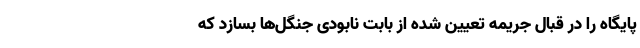
پایگاه را در قبال جریمه تعیین شده از بابت نابودی جنگل‌ها بسازد که